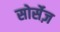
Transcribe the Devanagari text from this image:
सोर्सेज़